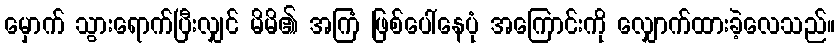
မှောက် သွားရောက်ပြီးလျှင် မိမိ၏ အကြံ ဖြစ်ပေါ်နေပုံ အကြောင်းကို လျှောက်ထားခဲ့လေသည်။